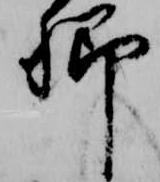
卿